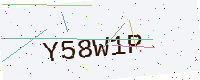
Text: Y58W1P